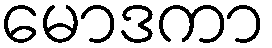
မောဒကာ